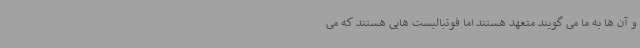
و آن ها به ما می گویند متعهد هستند اما فوتبالیست هایی هستند که می